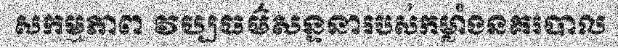
សកម្មភាព វប្បធម៌សន្ទនារបស់កម្លាំងនគរបាល